画像に写った文字を読んでください
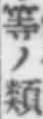
「等ノ類」と書いてあります